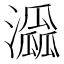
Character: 𤂜